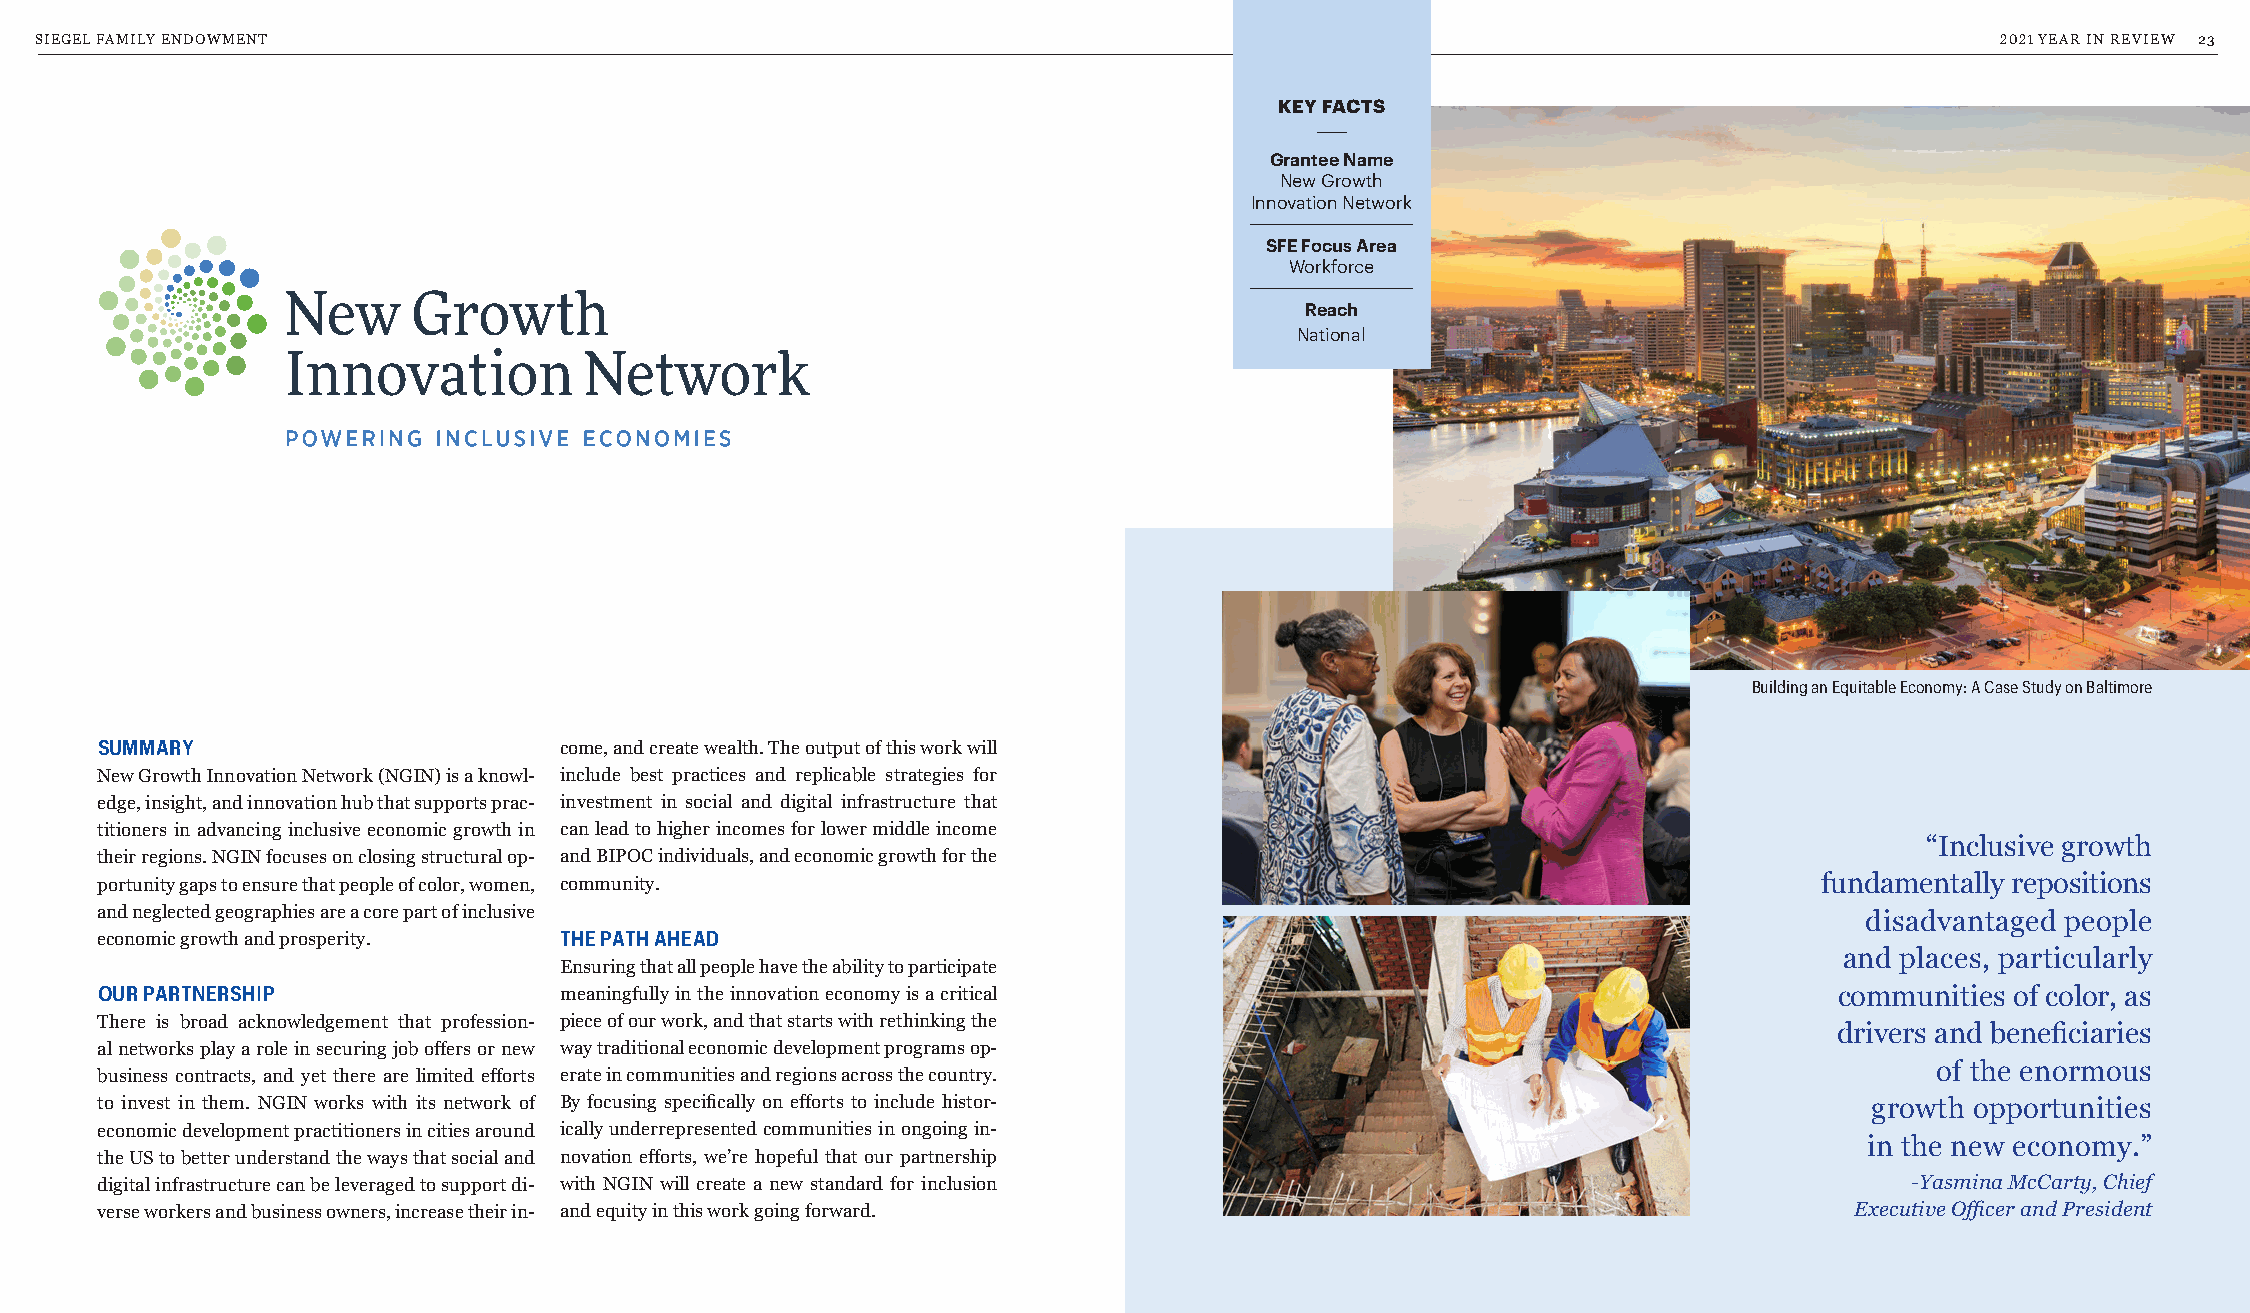
SIEGEL FAMILY ENDOWMENT                                                                                                           2021 YEAR IN REVIEW 23
 KEY FACTS
 Grantee Name
 New Growth
 Innovation Network
 SFE Focus Area
 Workforce
 Reach
 National
 Building an Equitable Economy: A Case Study on Baltimore
 SUMMARY                        come, and create wealth. The output of this work will
 New Growth Innovation Network (NGIN) is a knowl- include best practices and replicable strategies for
 edge, insight, and innovation hub that supports prac- investment in social and digital infrastructure that
 titioners in advancing inclusive economic growth in can lead to higher incomes for lower middle income
 “Inclusive growth
 their regions. NGIN focuses on closing structural op- and BIPOC individuals, and economic growth for the
 portunity gaps to ensure that people of color, women, community.                                                   fundamentally repositions
 and neglected geographies are a core part of inclusive                                                               disadvantaged people
 economic growth and prosperity. THE PATH AHEAD
 and places, particularly
 Ensuring that all people have the ability to participate
 OUR PARTNERSHIP                meaningfully in the innovation economy is a critical                                 communities of color, as
 There is broad acknowledgement that profession- piece of our work, and that starts with rethinking the
 drivers and beneficiaries
 al networks play a role in securing job offers or new way traditional economic development programs op-
 of the enormous
 business contracts, and yet there are limited efforts erate in communities and regions across the country.
 to invest in them. NGIN works with its network of By focusing specifically on efforts to include histor-              growth opportunities
 economic development practitioners in cities around ically underrepresented communities in ongoing in-
 in the new economy.”
 the US to better understand the ways that social and novation efforts, we’re hopeful that our partnership
 digital infrastructure can be leveraged to support di- with NGIN will create a new standard for inclusion                -Yasmina McCarty, Chief
 verse workers and business owners, increase their in- and equity in this work going forward.                         Executive Officer and President